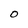
Character: 0